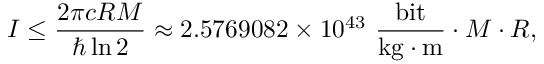
I \leq { \frac { 2 \pi c R M } { \hbar \ln 2 } } \approx 2 . 5 7 6 9 0 8 2 \times 1 0 ^ { 4 3 } \ { \frac { \mathrm { b i t } } { { \mathrm { k g } } \cdot { \mathrm { m } } } } \cdot M \cdot R ,